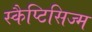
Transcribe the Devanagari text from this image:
स्कैप्टिसिज्म